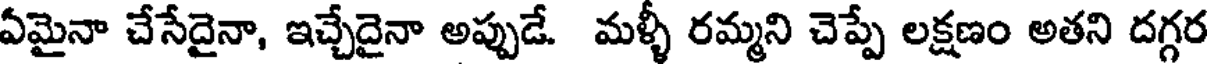
ఏమైనా చేసేదైనా, ఇచ్చేదైనా అప్పుడే. మళ్ళీ రమ్మని చెప్పే లక్షణం అతని దగ్గర